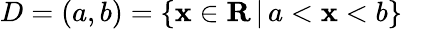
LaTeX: D=(a,b)=\{ \mathbf{x}\in\mathbf{{R}}\, |\, a<\mathbf{x}<b\} \quad